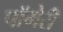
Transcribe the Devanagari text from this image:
पॉमेरी